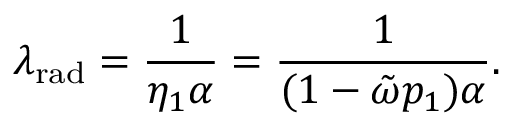
\lambda _ { \mathrm { r a d } } = \frac { 1 } { \eta _ { 1 } \alpha } = \frac { 1 } { ( 1 - \tilde { \omega } p _ { 1 } ) \alpha } .